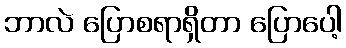
ဘာလဲ ပြောစရာရှိတာ ပြောပေါ့